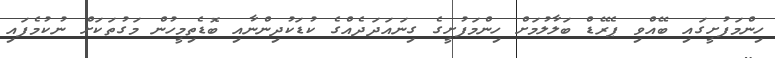
ހިންމަފުށީގައި ބޭއްވި ޕެރޭޑް ބަލާލުމަށް ހިންމަފުށީގެ ގިނައަދަދެއްގެ ކުޑަކުދިންނާއި ބޮޑެތިމީހުން މަގުތަކަށް ނުކުމެފައި